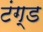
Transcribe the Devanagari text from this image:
टंग्ड